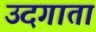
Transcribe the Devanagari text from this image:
उदगाता